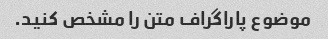
موضوع پاراگراف متن را مشخص کنید.